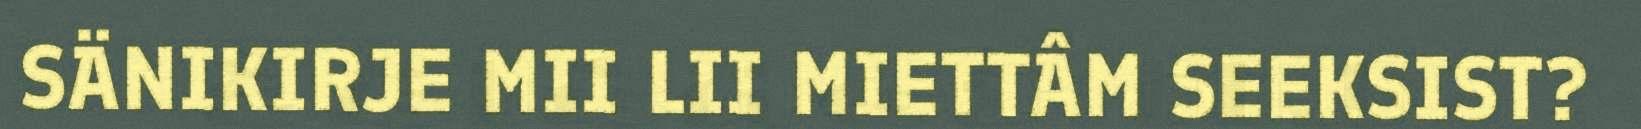
SÄNIKIRJE MII LII MIETTÂM SEEKSIST?